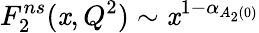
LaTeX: F_{2}^{ns}(\mathit{x},Q^{2})\sim\mathit{x}^{1-\alpha_{A_{2}(0)}}